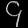
Digit: ၄